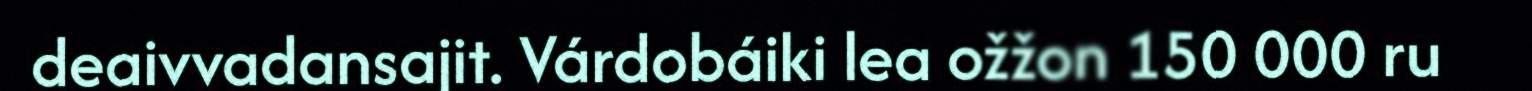
deaivvadansajit. Várdobáiki lea ožžon 150 000 ru